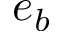
e _ { b }